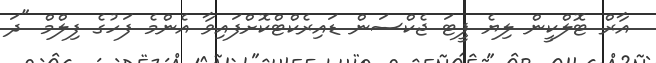
އާރް ޓޮލްކީން ލިޔެ ޕީޓަ ޖެކްސަން ޑައިރެކްޓްކޮށްފައިވާ އެންމެ ފަހުގެ ފިލްމް "ދަ